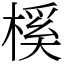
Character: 榽